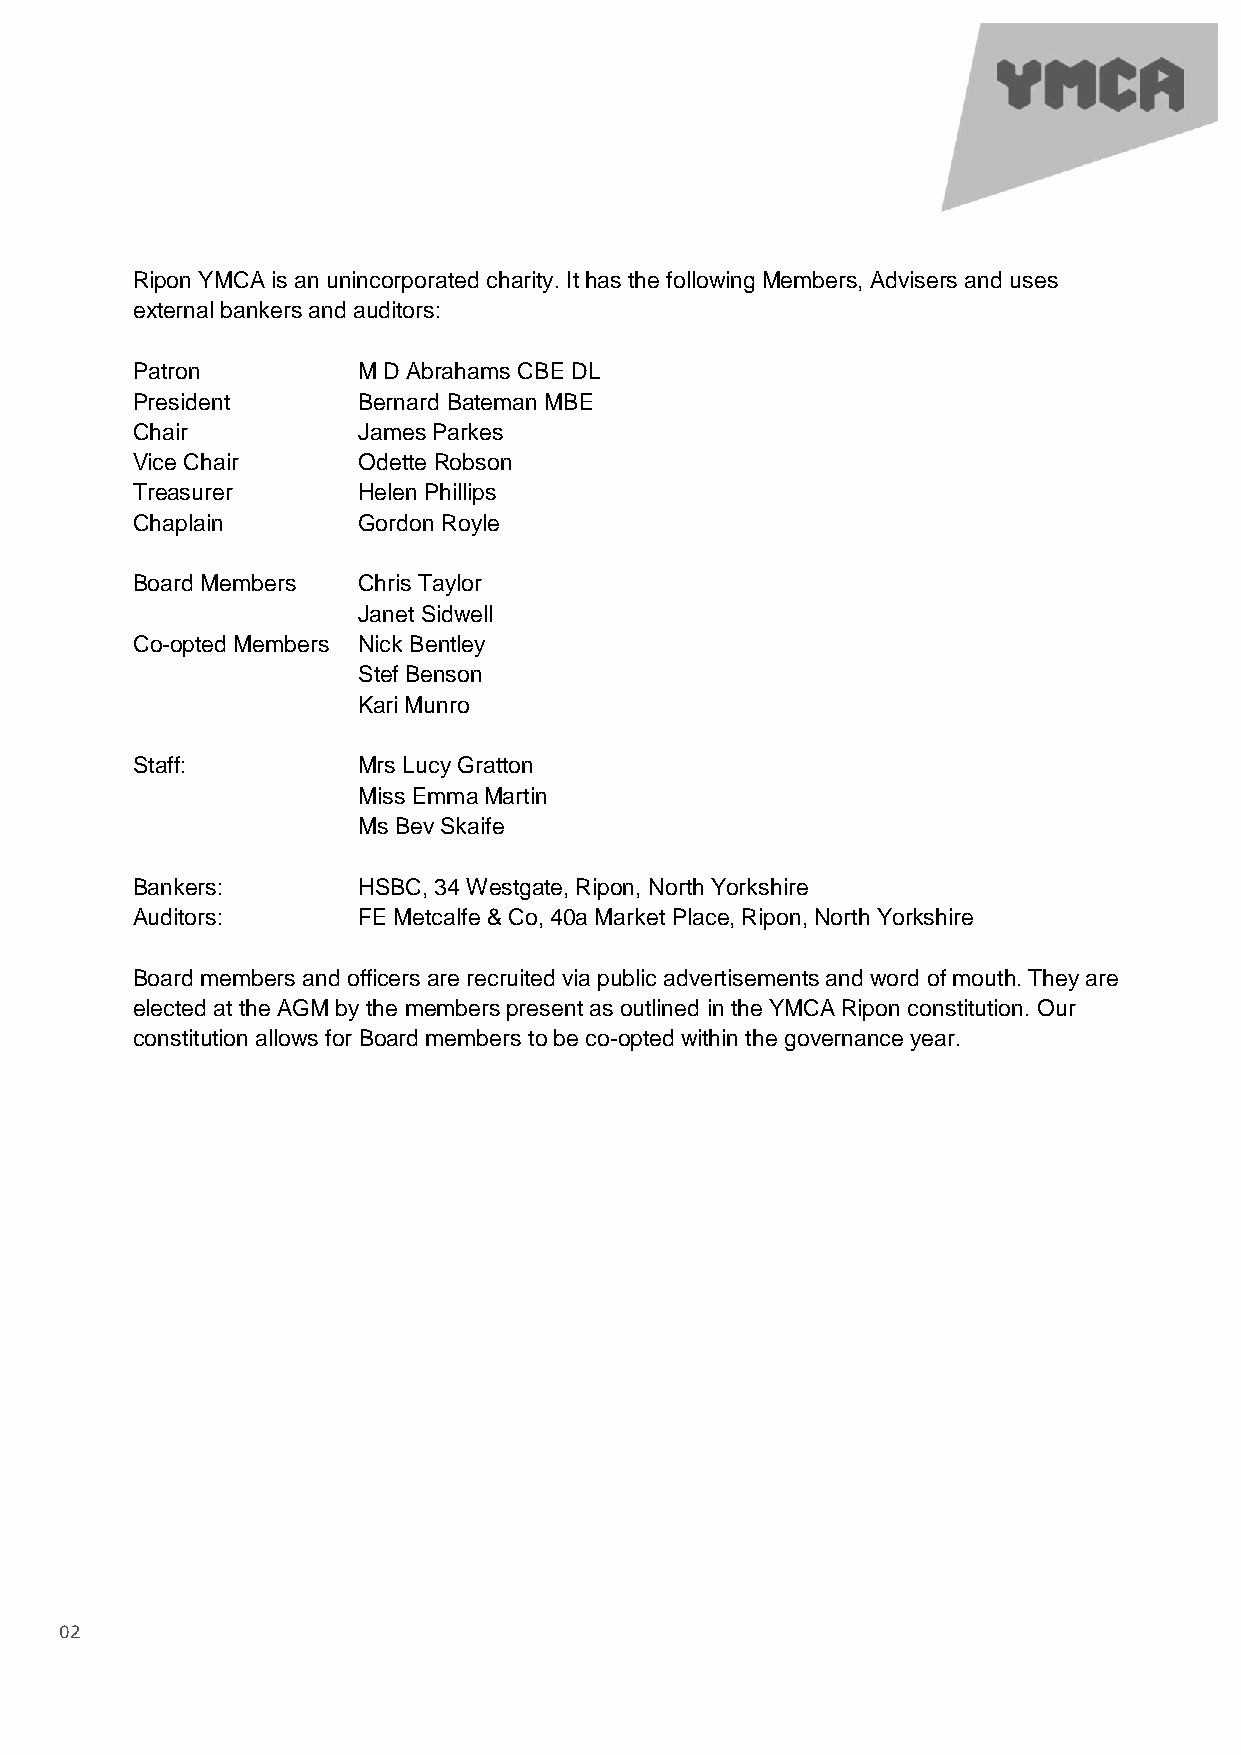
Ripon YMCA is an unincorporated charity. It has the following Members, Advisers and uses
 external bankers and auditors:
 Patron         M D Abrahams CBE DL
 President      Bernard Bateman MBE
 Chair          James Parkes
 Vice Chair     Odette Robson
 Treasurer      Helen Phillips
 Chaplain       Gordon Royle
 Board Members  Chris Taylor
 Janet Sidwell
 Co-opted Members Nick Bentley
 Stef Benson
 Kari Munro
 Staff:         Mrs Lucy Gratton
 Miss Emma Martin
 Ms Bev Skaife
 Bankers:       HSBC, 34 Westgate, Ripon, North Yorkshire
 Auditors:      FE Metcalfe & Co, 40a Market Place, Ripon, North Yorkshire
 Board members and officers are recruited via public advertisements and word of mouth. They are
 elected at the AGM by the members present as outlined in the YMCA Ripon constitution. Our
 constitution allows for Board members to be co-opted within the governance year.
 02